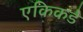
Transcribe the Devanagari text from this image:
एकिकडे